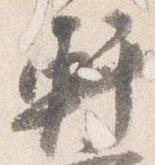
軒